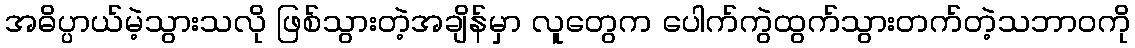
အဓိပ္ပာယ်မဲ့သွားသလို ဖြစ်သွားတဲ့အချိန်မှာ လူတွေက ပေါက်ကွဲထွက်သွားတက်တဲ့သဘာ၀ကို